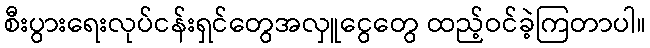
စီးပွားရေးလုပ်ငန်းရှင်တွေအလှူငွေတွေ ထည့်ဝင်ခဲ့ကြတာပါ။